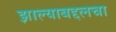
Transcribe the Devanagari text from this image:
झाल्याबद्दलचा